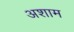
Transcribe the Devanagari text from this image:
अशाम